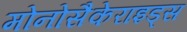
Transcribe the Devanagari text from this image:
मोनोसैकेराइड्स